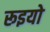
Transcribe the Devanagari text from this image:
रूइयो